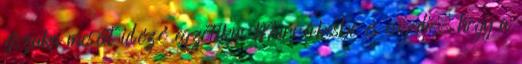
éjszaka meséit idéző egzotikus Marrákesbe és engedje, hogy a